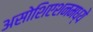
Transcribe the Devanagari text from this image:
असोशिएशनमध्ये